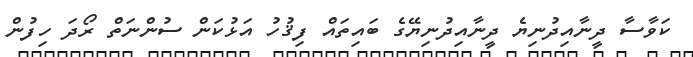
ކަވާސާ ދީނާއިދުނިޔެ ދީނާއިދުނިޔޭގެ ބައިތައް ފިޤުހު އަޅުކަން ސުންނަތް ރޯދަ ހިފުން